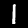
Label: 1